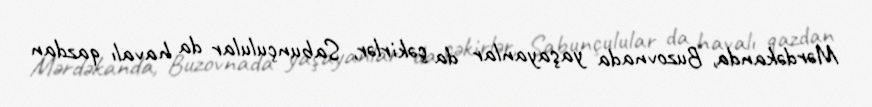
Mərdəkanda, Buzovnada yaşayanlar da çəkirlər, Sabunçulular da havalı qazdan